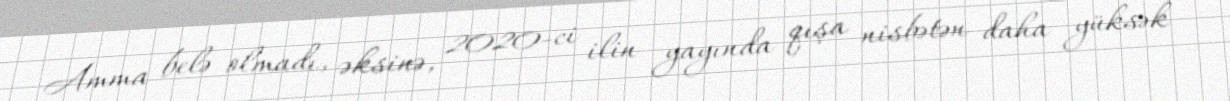
Amma belə olmadı, əksinə, 2020-ci ilin yayında qışa nisbətən daha yüksək